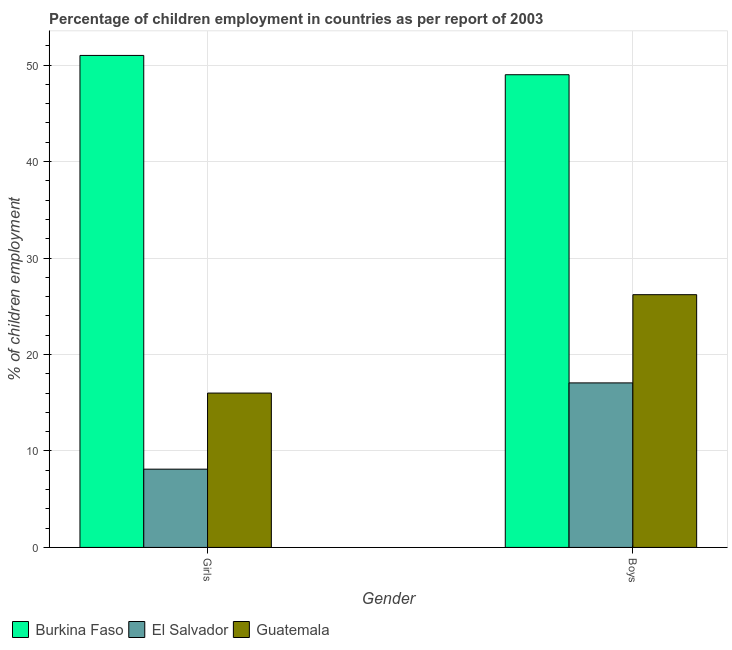
| Gender | Burkina Faso | El Salvador | Guatemala |
 | --- | --- | --- | --- |
 | Girls | 51 | 8.11 | 16 |
 | Boys | 49 | 17.1 | 26.2 |